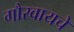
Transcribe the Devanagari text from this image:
गौरवायचे